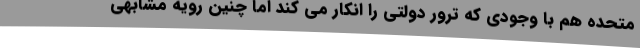
متحده هم با وجودی که ترور دولتی را انکار می کند اما چنین رویه مشابهی